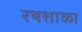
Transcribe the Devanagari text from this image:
रथशाळा